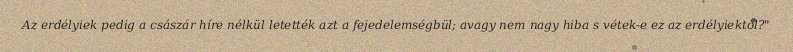
Az erdélyiek pedig a császár híre nélkül letették azt a fejedelemségbül; avagy nem nagy hiba s vétek-e ez az erdélyiektől?"